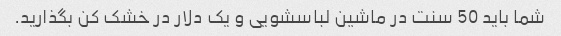
شما باید 50 سنت در ماشین لباسشویی و یک دلار در خشک کن بگذارید.